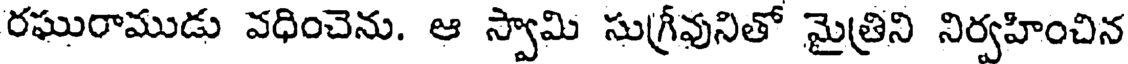
రఘురాముడు వధించెను. ఆ స్వామి సుగ్రీవునితో మైత్రిని నిర్వహించిన